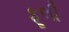
ફૂલી